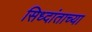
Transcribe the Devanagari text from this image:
सिध्दांताच्या